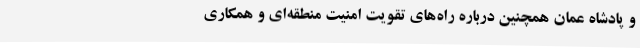
و پادشاه عمان همچنین درباره راه‌های تقویت امنیت منطقه‌ای و همکاری